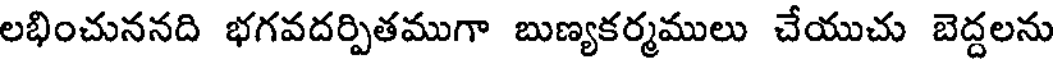
లభించుననది భగవదర్పితముగా బుణ్యకర్మములు చేయుచు బెద్దలను